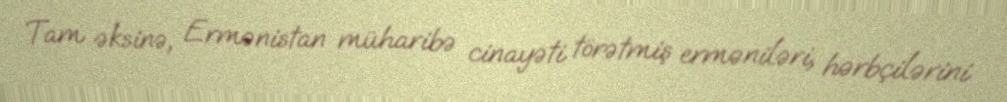
Tam əksinə, Ermənistan müharibə cinayəti törətmiş erməniləri, hərbçilərini